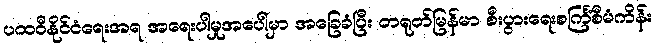
ပထဝီနိုင်ငံရေးအရ အရေးပါမှုအပေါ်မှာ အခြေခံပြီး တရုတ်မြန်မာ စီးပွားရေးစင်္ကြံစီမံကိန်း